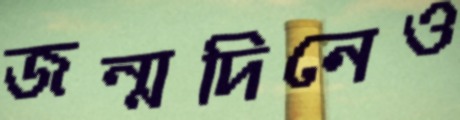
জন্মদিনেও